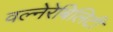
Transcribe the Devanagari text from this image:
वल्नेरेबिलिटी